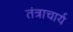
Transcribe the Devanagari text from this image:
तंत्राचार्य